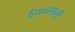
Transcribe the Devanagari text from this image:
६७०मध्ये